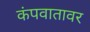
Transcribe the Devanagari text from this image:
कंपवातावर